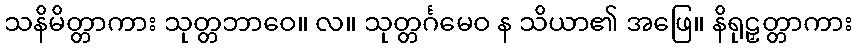
သနိမိတ္တာကား သုတ္တဘာဝေ။ လ။ သုတ္တင်္ဂမေဝ န သိယာ၏ အဖြေ။ နိရုဠှတ္တာကား